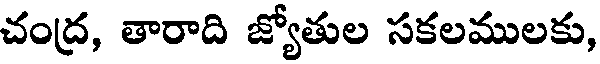
చంద్ర, తారాది జ్యోతుల సకలములకు,